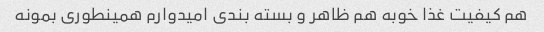
هم کیفیت غذا خوبه هم ظاهر و بسته بندی امیدوارم همینطوری بمونه